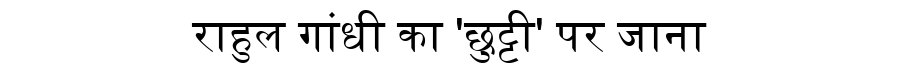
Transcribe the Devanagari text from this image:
राहुल गांधी का 'छुट्टी' पर जाना